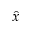
\hat { x }